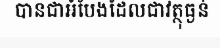
បានជាអំបែងដែលជាវត្ថុធ្ងន់